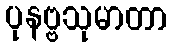
ပုနဗ္ဗသုမာတာ